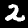
Label: 2